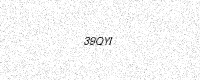
Text: 39QYI